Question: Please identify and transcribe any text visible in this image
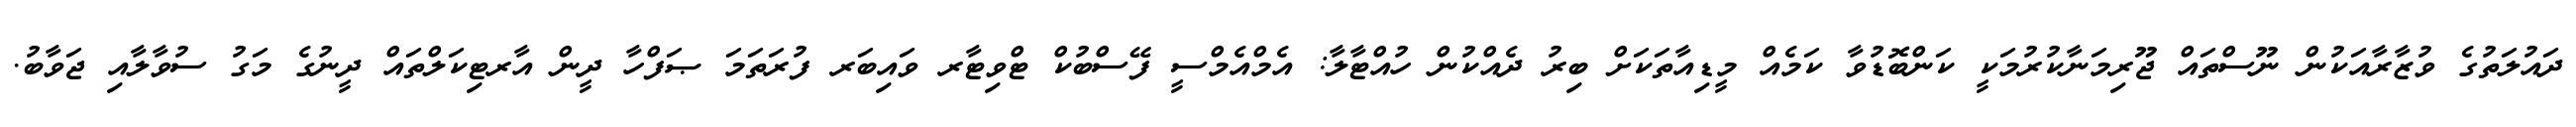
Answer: ދައުލަތުގެ ވުޒާރާއަކުން ނޫސްތައް ޖޫރިމަނާކުރުމަކީ ކަންބޮޑުވާ ކަމެއް މީޑިއާތަކަށް ބިރު ދެއްކުން ހުއްޓާލާ: އެމްއެމްސީ ފޭސްބުކް ޓްވިޓާރ ވައިބަރ ފުރަތަމަ ޞަފްހާ ދީން އާރޓިކަލްތައް ދީނުގެ މަގު ސުވާލާއި ޖަވާބު.